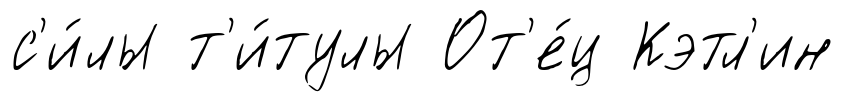
с'и́лы т'и́тулы От'е́ц Кэтл'ин